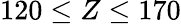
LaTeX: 120\leq Z\leq 170